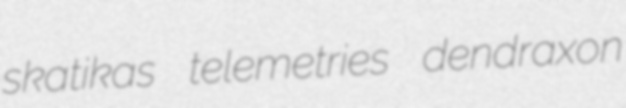
skatikas telemetries dendraxon